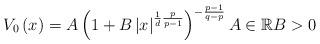
LaTeX: \begin{align*}V_{0}\left( x\right) =A\left( 1+B\left\vert x\right\vert ^{\frac{1}{d}\frac{p}{p-1}}\right) ^{-\frac{p-1}{q-p}}A\in\mathbb{R}B>0\end{align*}